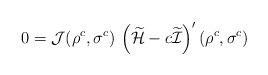
LaTeX: \begin{align*} 0 = \mathcal{J}(\rho^c,\sigma^c) \, \left( \widetilde{\mathcal{H}}-c\widetilde{\mathcal{I}} \right)'(\rho^c,\sigma^c)\end{align*}